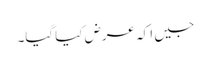
جیں ا کہ عرض کیا گیا۔